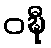
ဝဍ္ဎီ